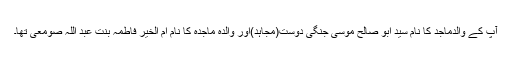
آپ کے والدماجد کا نام سید ابو صالح موسیٰ جنگی دوست(مجاہد)اور والدہ ماجدہ کا نام ام الخیر فاطمہ بنت عبد اللہ صومعی تھا۔